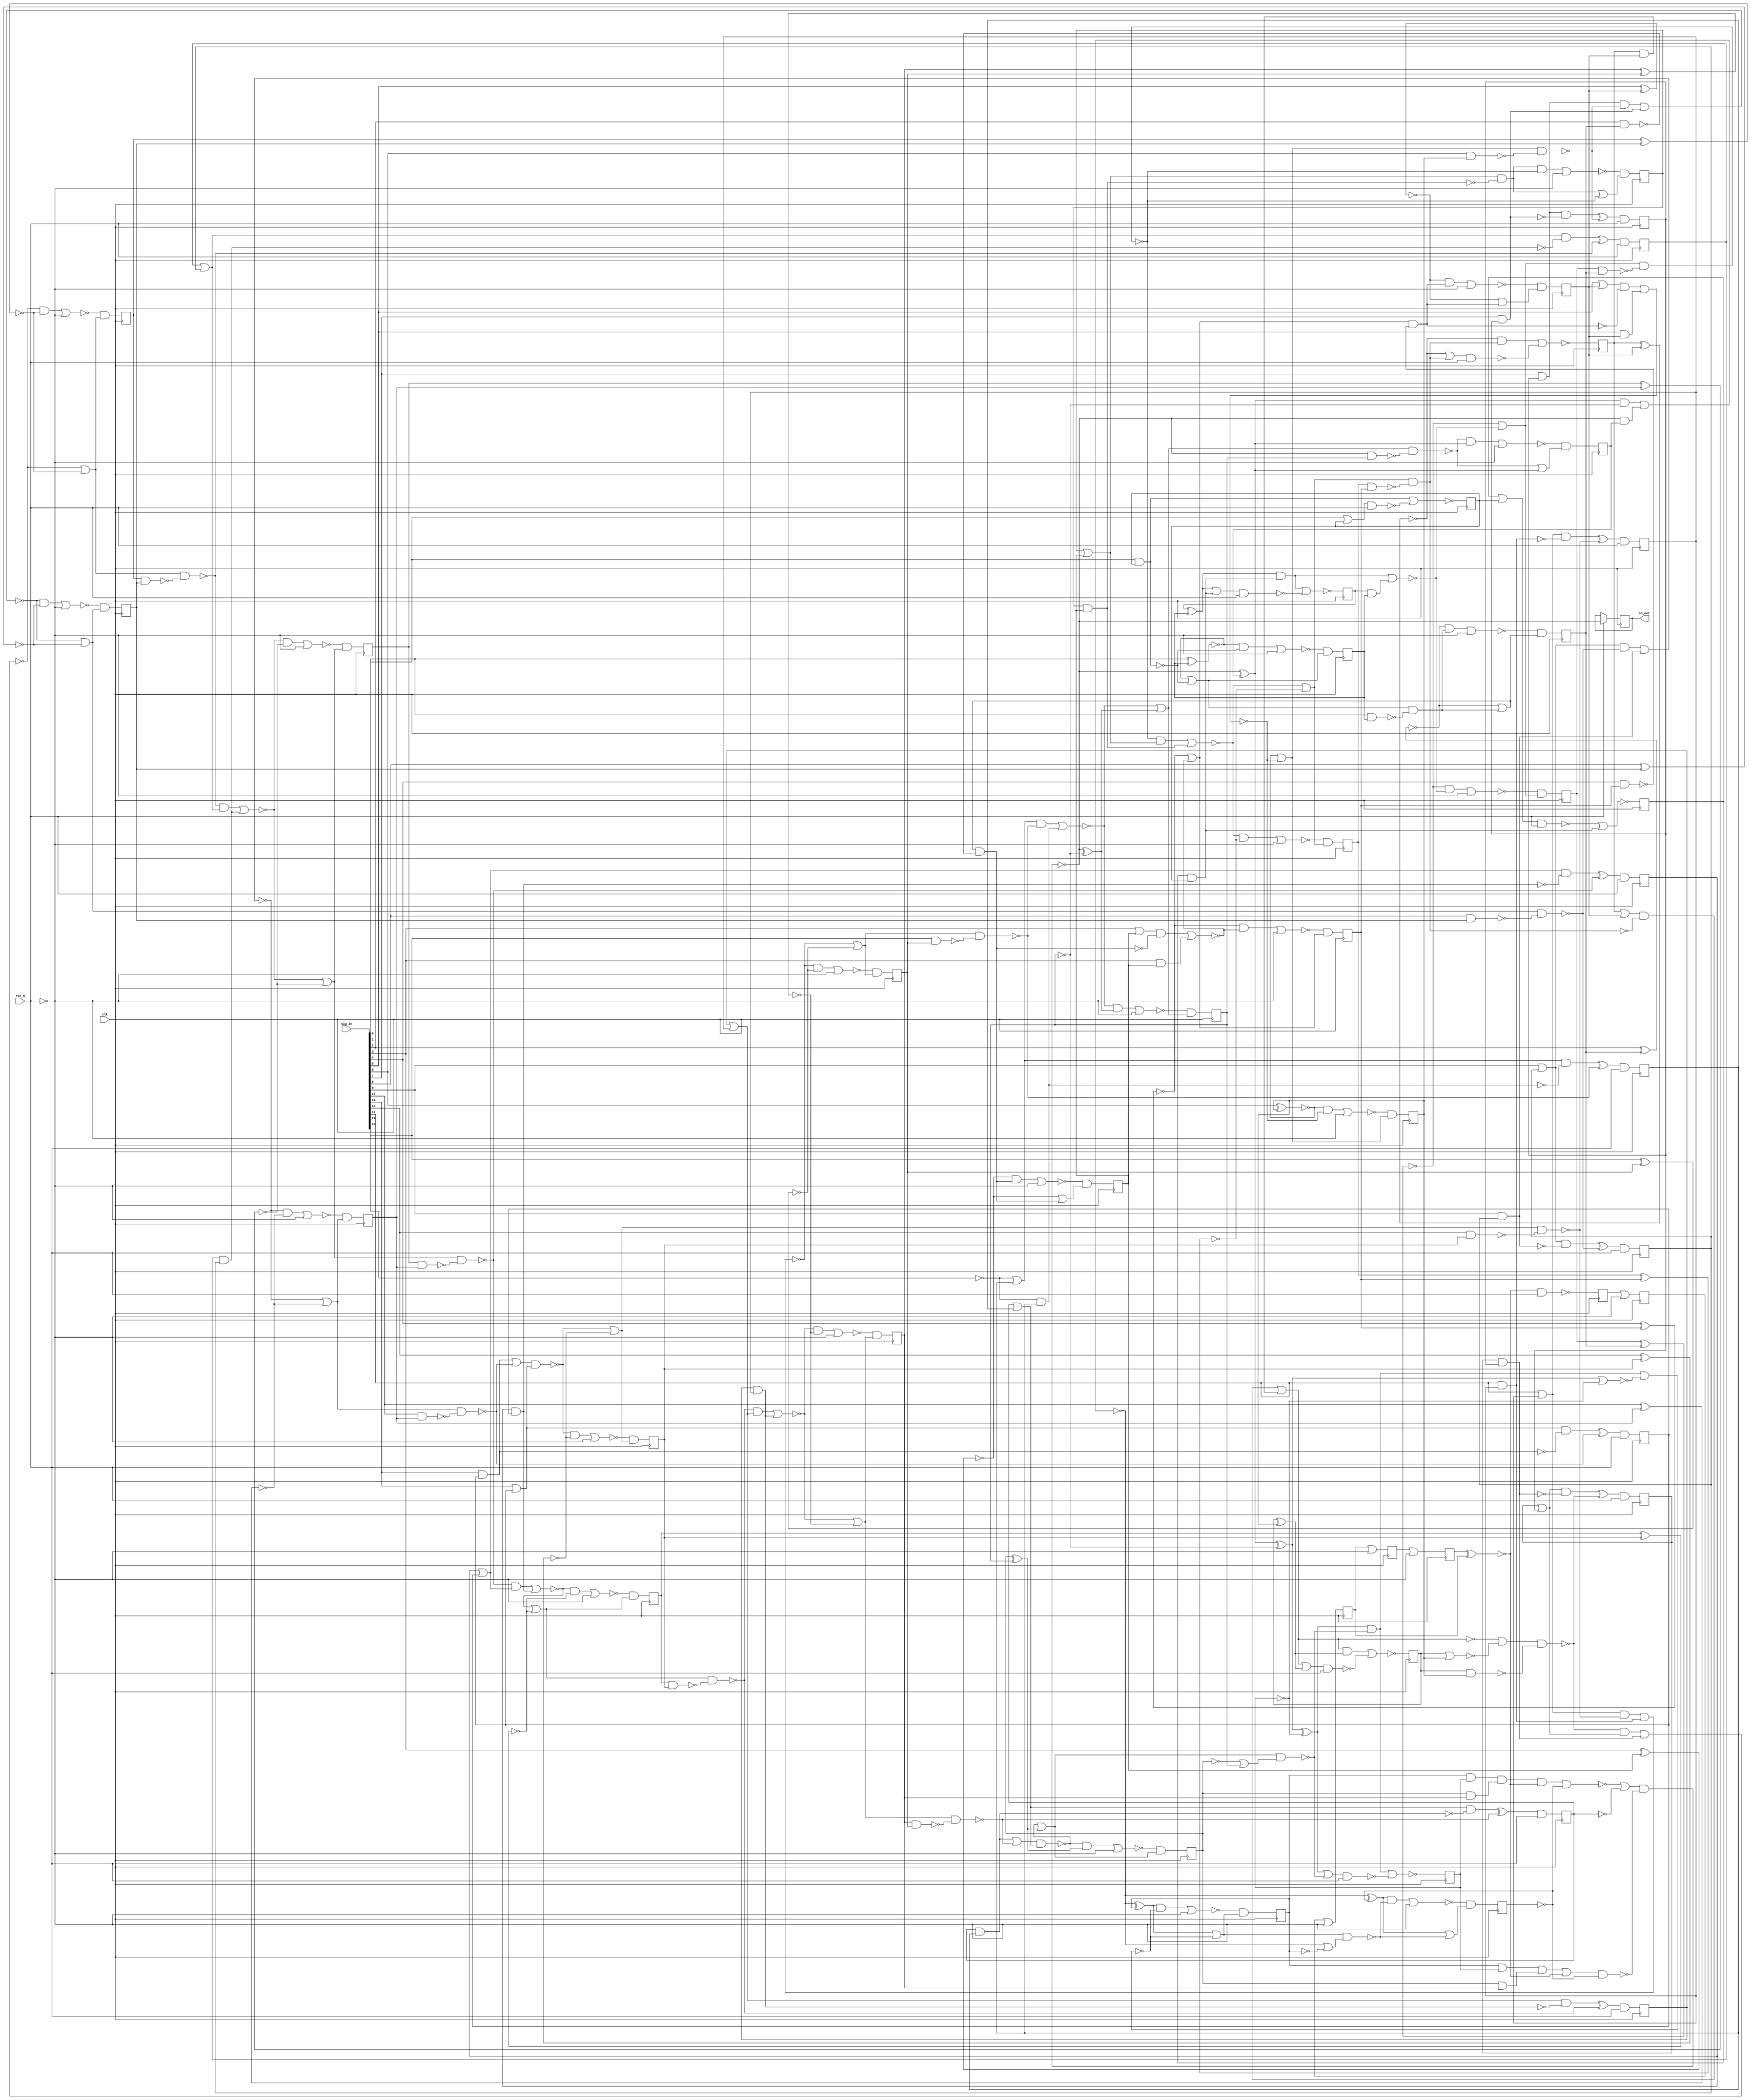
/* Generated by Yosys 0.7 (git sha1 61f6811, gcc 5.4.0-6ubuntu1~16.04.4 -O2 -fstack-protector-strong -fPIC -Os) */

(* top =  1  *)
(* src = "input/sddac.v:13" *)
module sddac(clk, rst_n, sig_in, sd_out);
  (* src = "input/sddac.v:51" *)
  wire [7:0] _000_;
  (* src = "input/sddac.v:51" *)
  wire _001_;
  (* src = "input/sddac.v:51" *)
  wire [17:0] _002_;
  (* src = "input/sddac.v:51" *)
  wire [19:0] _003_;
  wire _004_;
  wire _005_;
  wire _006_;
  wire _007_;
  wire _008_;
  wire _009_;
  wire _010_;
  wire _011_;
  wire _012_;
  wire _013_;
  wire _014_;
  wire _015_;
  wire _016_;
  wire _017_;
  wire _018_;
  wire _019_;
  wire _020_;
  wire _021_;
  wire _022_;
  wire _023_;
  wire _024_;
  wire _025_;
  wire _026_;
  wire _027_;
  wire _028_;
  wire _029_;
  wire _030_;
  wire _031_;
  wire _032_;
  wire _033_;
  wire _034_;
  wire _035_;
  wire _036_;
  wire _037_;
  wire _038_;
  wire _039_;
  wire _040_;
  wire _041_;
  wire _042_;
  wire _043_;
  wire _044_;
  wire _045_;
  wire _046_;
  wire _047_;
  wire _048_;
  wire _049_;
  wire _050_;
  wire _051_;
  wire _052_;
  wire _053_;
  wire _054_;
  wire _055_;
  wire _056_;
  wire _057_;
  wire _058_;
  wire _059_;
  wire _060_;
  wire _061_;
  wire _062_;
  wire _063_;
  wire _064_;
  wire _065_;
  wire _066_;
  wire _067_;
  wire _068_;
  wire _069_;
  wire _070_;
  wire _071_;
  wire _072_;
  wire _073_;
  wire _074_;
  wire _075_;
  wire _076_;
  wire _077_;
  wire _078_;
  wire _079_;
  wire _080_;
  wire _081_;
  wire _082_;
  wire _083_;
  wire _084_;
  wire _085_;
  wire _086_;
  wire _087_;
  wire _088_;
  wire _089_;
  wire _090_;
  wire _091_;
  wire _092_;
  wire _093_;
  wire _094_;
  wire _095_;
  wire _096_;
  wire _097_;
  wire _098_;
  wire _099_;
  wire _100_;
  wire _101_;
  wire _102_;
  wire _103_;
  wire _104_;
  wire _105_;
  wire _106_;
  wire _107_;
  wire _108_;
  wire _109_;
  wire _110_;
  wire _111_;
  wire _112_;
  wire _113_;
  wire _114_;
  wire _115_;
  wire _116_;
  wire _117_;
  wire _118_;
  wire _119_;
  wire _120_;
  wire _121_;
  wire _122_;
  wire _123_;
  wire _124_;
  wire _125_;
  wire _126_;
  wire _127_;
  wire _128_;
  wire _129_;
  wire _130_;
  wire _131_;
  wire _132_;
  wire _133_;
  wire _134_;
  wire _135_;
  wire _136_;
  wire _137_;
  wire _138_;
  wire _139_;
  wire _140_;
  wire _141_;
  wire _142_;
  wire _143_;
  wire _144_;
  wire _145_;
  wire _146_;
  wire _147_;
  wire _148_;
  wire _149_;
  wire _150_;
  wire _151_;
  wire _152_;
  wire _153_;
  wire _154_;
  wire _155_;
  wire _156_;
  wire _157_;
  wire _158_;
  wire _159_;
  wire _160_;
  wire _161_;
  wire _162_;
  wire _163_;
  wire _164_;
  wire _165_;
  wire _166_;
  wire _167_;
  wire _168_;
  wire _169_;
  wire _170_;
  wire _171_;
  wire _172_;
  wire _173_;
  wire _174_;
  wire _175_;
  wire _176_;
  wire _177_;
  wire _178_;
  wire _179_;
  wire _180_;
  wire _181_;
  wire _182_;
  wire _183_;
  wire _184_;
  wire _185_;
  wire _186_;
  wire _187_;
  wire _188_;
  wire _189_;
  wire _190_;
  wire _191_;
  wire _192_;
  wire _193_;
  wire _194_;
  wire _195_;
  wire _196_;
  wire _197_;
  wire _198_;
  wire _199_;
  wire _200_;
  wire _201_;
  wire _202_;
  wire _203_;
  wire _204_;
  wire _205_;
  wire _206_;
  wire _207_;
  wire _208_;
  wire _209_;
  wire _210_;
  wire _211_;
  wire _212_;
  wire _213_;
  wire _214_;
  wire _215_;
  wire _216_;
  wire _217_;
  wire _218_;
  wire _219_;
  wire _220_;
  (* src = "input/sddac.v:16" *)
  input clk;
  (* init = 8'bxxx00000 *)
  (* src = "input/sddac.v:30" *)
  wire [7:0] lfsr_reg;
  (* init = 21'b0xxxxxx00000000000000 *)
  (* src = "input/sddac.v:28" *)
  wire [20:0] quant_in;
  (* src = "input/sddac.v:17" *)
  input rst_n;
  (* init = 1'b0 *)
  (* src = "input/sddac.v:21" *)
  output sd_out;
  reg sd_out;
  initial sd_out = 1'b0;
  (* src = "input/sddac.v:18" *)
  input [15:0] sig_in;
  (* init = 18'b000000000000000000 *)
  (* src = "input/sddac.v:24" *)
  reg [17:0] state1;
  initial state1 = 18'b000000000000000000;
  (* init = 20'b00000000000000000000 *)
  (* src = "input/sddac.v:25" *)
  reg [19:0] state2;
  initial state2 = 20'b00000000000000000000;
  assign _004_ = ~(state2[14] ^ state1[14]);
  assign _005_ = state2[13] & state1[13];
  assign _006_ = state2[13] | state1[13];
  assign _007_ = ~(state2[12] & state1[12]);
  assign _008_ = ~(state2[12] ^ state1[12]);
  assign _009_ = state2[11] & state1[11];
  assign _010_ = state2[11] | state1[11];
  assign _011_ = ~(state2[10] & state1[10]);
  assign _012_ = ~(state2[10] ^ state1[10]);
  assign _013_ = state2[9] & state1[9];
  assign _014_ = state2[9] | state1[9];
  assign _015_ = ~(state2[8] & state1[8]);
  assign _016_ = ~(state2[8] ^ state1[8]);
  assign _017_ = state2[7] & state1[7];
  assign _018_ = state2[7] | state1[7];
  assign _019_ = ~(state2[6] & state1[6]);
  assign _020_ = ~(state2[6] | state1[6]);
  assign _021_ = state2[5] & state1[5];
  assign _022_ = ~(state2[4] & state1[4]);
  assign _023_ = ~(state2[4] ^ state1[4]);
  assign _024_ = state2[3] & state1[3];
  assign _025_ = state2[3] | state1[3];
  assign _026_ = ~(state2[2] & state1[2]);
  assign _027_ = state2[1] & state1[1];
  assign _028_ = state2[0] & state1[0];
  assign _029_ = state2[1] ^ state1[1];
  assign _030_ = ~((_029_ & _028_) | _027_);
  assign _031_ = ~(state2[2] ^ state1[2]);
  assign _032_ = ~((_031_ | _030_) & _026_);
  assign _033_ = ~((_032_ & _025_) | _024_);
  assign _034_ = ~((_033_ | _023_) & _022_);
  assign _035_ = state2[5] | state1[5];
  assign _036_ = ~((_035_ & _034_) | _021_);
  assign _037_ = ~((_036_ | _020_) & _019_);
  assign _038_ = ~((_037_ & _018_) | _017_);
  assign _039_ = ~((_038_ | _016_) & _015_);
  assign _040_ = ~((_039_ & _014_) | _013_);
  assign _041_ = ~((_040_ | _012_) & _011_);
  assign _042_ = ~((_041_ & _010_) | _009_);
  assign _043_ = ~((_042_ | _008_) & _007_);
  assign _044_ = ~((_043_ & _006_) | _005_);
  assign _045_ = _044_ | _004_;
  assign _046_ = ~rst_n;
  assign _047_ = ~((_044_ & _004_) | _046_);
  assign _003_[14] = _047_ & _045_;
  assign _048_ = ~(state2[14] & state1[14]);
  assign _049_ = ~((_044_ | _004_) & _048_);
  assign _050_ = state2[15] & state1[15];
  assign _051_ = ~_050_;
  assign _052_ = state2[15] | state1[15];
  assign _053_ = _052_ & _051_;
  assign _054_ = _053_ ^ _049_;
  assign _003_[15] = _054_ & rst_n;
  assign _055_ = state2[16] ^ state1[16];
  assign _056_ = ~((_050_ | _049_) & _052_);
  assign _057_ = _056_ | _055_;
  assign _058_ = ~((_056_ & _055_) | _046_);
  assign _003_[16] = _058_ & _057_;
  assign _059_ = ~state2[16];
  assign _060_ = _059_ | state1[16];
  assign _061_ = ~((_056_ | _055_) & _060_);
  assign _062_ = ~state2[17];
  assign _063_ = ~state1[16];
  assign _064_ = ~state2[15];
  assign _065_ = ~state2[19];
  assign _066_ = ~(lfsr_reg[4] ^ lfsr_reg[2]);
  assign _067_ = state2[16] & state2[14];
  assign _068_ = state2[18] & state2[17];
  assign _069_ = _068_ & _067_;
  assign _070_ = ~((_069_ & _066_) | _065_);
  assign _071_ = state2[16] | state2[14];
  assign _072_ = state2[18] | state2[17];
  assign _073_ = _072_ | _071_;
  assign _074_ = ~((_073_ | _066_) & _065_);
  assign _075_ = ~((_070_ | _064_) & _074_);
  assign _076_ = _075_ ^ state1[17];
  assign _077_ = _076_ ^ _063_;
  assign _078_ = _077_ ^ _062_;
  assign _079_ = ~((_078_ | _061_) & rst_n);
  assign _003_[17] = ~((_078_ & _061_) | _079_);
  assign _080_ = ~(_077_ | _062_);
  assign _081_ = ~((_078_ & _061_) | _080_);
  assign _082_ = _075_ & state1[17];
  assign _083_ = ~((_076_ & _063_) | _082_);
  assign _084_ = _083_ ^ state2[18];
  assign _085_ = _084_ | _081_;
  assign _086_ = ~((_084_ & _081_) | _046_);
  assign _003_[18] = _086_ & _085_;
  assign _087_ = ~state2[18];
  assign _088_ = _083_ | _087_;
  assign _089_ = ~((_084_ | _081_) & _088_);
  assign _090_ = _083_ ^ _065_;
  assign _091_ = _090_ | _089_;
  assign _092_ = ~((_090_ & _089_) | _046_);
  assign _003_[19] = _092_ & _091_;
  assign _093_ = ~((sig_in[0] | state1[0]) & rst_n);
  assign _002_[0] = ~((sig_in[0] & state1[0]) | _093_);
  assign _094_ = ~(sig_in[0] & state1[0]);
  assign _095_ = ~(sig_in[1] ^ state1[1]);
  assign _096_ = _095_ | _094_;
  assign _097_ = ~((_095_ & _094_) | _046_);
  assign _002_[1] = _097_ & _096_;
  assign _098_ = ~(sig_in[1] & state1[1]);
  assign _099_ = _096_ & _098_;
  assign _100_ = ~(sig_in[2] ^ state1[2]);
  assign _101_ = _100_ | _099_;
  assign _102_ = ~((_100_ & _099_) | _046_);
  assign _002_[2] = _102_ & _101_;
  assign _103_ = ~(sig_in[2] & state1[2]);
  assign _104_ = ~(_101_ & _103_);
  assign _105_ = ~_104_;
  assign _106_ = ~(sig_in[3] ^ state1[3]);
  assign _107_ = _106_ | _105_;
  assign _108_ = ~((_106_ & _105_) | _046_);
  assign _002_[3] = _108_ & _107_;
  assign _109_ = sig_in[3] & state1[3];
  assign _110_ = sig_in[3] | state1[3];
  assign _111_ = ~((_110_ & _104_) | _109_);
  assign _112_ = ~(sig_in[4] ^ state1[4]);
  assign _113_ = _112_ | _111_;
  assign _114_ = ~((_112_ & _111_) | _046_);
  assign _002_[4] = _114_ & _113_;
  assign _115_ = ~(sig_in[4] & state1[4]);
  assign _116_ = ~((_112_ | _111_) & _115_);
  assign _117_ = ~_116_;
  assign _118_ = ~(sig_in[5] ^ state1[5]);
  assign _119_ = _118_ | _117_;
  assign _120_ = ~((_118_ & _117_) | _046_);
  assign _002_[5] = _120_ & _119_;
  assign _121_ = sig_in[5] & state1[5];
  assign _122_ = sig_in[5] | state1[5];
  assign _123_ = ~((_122_ & _116_) | _121_);
  assign _124_ = ~(sig_in[6] ^ state1[6]);
  assign _125_ = _124_ | _123_;
  assign _126_ = ~((_124_ & _123_) | _046_);
  assign _002_[6] = _126_ & _125_;
  assign _127_ = ~(sig_in[6] & state1[6]);
  assign _128_ = ~((_124_ | _123_) & _127_);
  assign _129_ = sig_in[7] & state1[7];
  assign _130_ = ~_129_;
  assign _131_ = sig_in[7] | state1[7];
  assign _132_ = _131_ & _130_;
  assign _133_ = _132_ ^ _128_;
  assign _002_[7] = _133_ & rst_n;
  assign _134_ = ~(sig_in[8] ^ state1[8]);
  assign _135_ = ~((_131_ & _128_) | _129_);
  assign _136_ = _135_ | _134_;
  assign _137_ = ~((_135_ & _134_) | _046_);
  assign _002_[8] = _137_ & _136_;
  assign _138_ = ~(sig_in[8] & state1[8]);
  assign _139_ = ~((_135_ | _134_) & _138_);
  assign _140_ = sig_in[9] & state1[9];
  assign _141_ = ~_140_;
  assign _142_ = sig_in[9] | state1[9];
  assign _143_ = _142_ & _141_;
  assign _144_ = _143_ ^ _139_;
  assign _002_[9] = _144_ & rst_n;
  assign _145_ = ~(sig_in[10] ^ state1[10]);
  assign _146_ = ~((_142_ & _139_) | _140_);
  assign _147_ = _146_ | _145_;
  assign _148_ = ~((_146_ & _145_) | _046_);
  assign _002_[10] = _148_ & _147_;
  assign _149_ = ~(sig_in[10] & state1[10]);
  assign _150_ = ~((_146_ | _145_) & _149_);
  assign _151_ = sig_in[11] & state1[11];
  assign _152_ = ~_151_;
  assign _153_ = sig_in[11] | state1[11];
  assign _154_ = _153_ & _152_;
  assign _155_ = _154_ ^ _150_;
  assign _002_[11] = _155_ & rst_n;
  assign _156_ = ~(sig_in[12] ^ state1[12]);
  assign _157_ = ~((_151_ | _150_) & _153_);
  assign _158_ = _157_ | _156_;
  assign _159_ = ~((_157_ & _156_) | _046_);
  assign _002_[12] = _159_ & _158_;
  assign _160_ = ~(sig_in[12] & state1[12]);
  assign _161_ = ~((_157_ | _156_) & _160_);
  assign _162_ = sig_in[13] & state1[13];
  assign _163_ = ~_162_;
  assign _164_ = sig_in[13] | state1[13];
  assign _165_ = _164_ & _163_;
  assign _166_ = _165_ ^ _161_;
  assign _002_[13] = _166_ & rst_n;
  assign _167_ = ~(sig_in[14] ^ state1[14]);
  assign _168_ = ~((_164_ & _161_) | _162_);
  assign _169_ = _168_ | _167_;
  assign _170_ = ~((_168_ & _167_) | _046_);
  assign _002_[14] = _170_ & _169_;
  assign _171_ = ~(sig_in[14] & state1[14]);
  assign _172_ = ~((_168_ | _167_) & _171_);
  assign _173_ = ~sig_in[15];
  assign _174_ = _173_ & state1[15];
  assign _175_ = ~_174_;
  assign _176_ = _173_ | state1[15];
  assign _177_ = _176_ & _175_;
  assign _178_ = _177_ ^ _172_;
  assign _002_[15] = _178_ & rst_n;
  assign _179_ = _075_ ^ _063_;
  assign _180_ = ~((_176_ & _172_) | _174_);
  assign _181_ = _180_ | _179_;
  assign _182_ = ~((_180_ & _179_) | _046_);
  assign _002_[16] = _182_ & _181_;
  assign _183_ = ~(_075_ & state1[16]);
  assign _184_ = ~((_180_ | _179_) & _183_);
  assign _185_ = _184_ | _076_;
  assign _186_ = ~((_184_ & _076_) | _046_);
  assign _002_[17] = _186_ & _185_;
  assign _000_[0] = ~(_066_ & rst_n);
  assign _000_[1] = lfsr_reg[0] | _046_;
  assign _000_[2] = lfsr_reg[1] | _046_;
  assign _000_[3] = lfsr_reg[2] | _046_;
  assign _000_[4] = lfsr_reg[3] | _046_;
  assign _001_ = _046_ ? sd_out : _075_;
  assign _187_ = ~((state2[0] | state1[0]) & rst_n);
  assign _003_[0] = ~(_187_ | _028_);
  assign _188_ = ~((_029_ | _028_) & rst_n);
  assign _003_[1] = ~((_029_ & _028_) | _188_);
  assign _189_ = _031_ | _030_;
  assign _190_ = ~((_031_ & _030_) | _046_);
  assign _003_[2] = _190_ & _189_;
  assign _191_ = ~_024_;
  assign _192_ = _025_ & _191_;
  assign _193_ = _192_ | _032_;
  assign _194_ = ~((_192_ & _032_) | _046_);
  assign _003_[3] = _194_ & _193_;
  assign _195_ = _033_ | _023_;
  assign _196_ = ~((_033_ & _023_) | _046_);
  assign _003_[4] = _196_ & _195_;
  assign _197_ = ~_034_;
  assign _198_ = ~(state2[5] ^ state1[5]);
  assign _199_ = ~((_198_ | _197_) & rst_n);
  assign _003_[5] = ~((_198_ & _197_) | _199_);
  assign _200_ = state2[6] ^ state1[6];
  assign _201_ = ~_036_;
  assign _202_ = ~((_201_ | _200_) & rst_n);
  assign _003_[6] = ~((_201_ & _200_) | _202_);
  assign _203_ = ~_017_;
  assign _204_ = _018_ & _203_;
  assign _205_ = _204_ ^ _037_;
  assign _003_[7] = _205_ & rst_n;
  assign _206_ = _038_ | _016_;
  assign _207_ = ~((_038_ & _016_) | _046_);
  assign _003_[8] = _207_ & _206_;
  assign _208_ = ~_013_;
  assign _209_ = _014_ & _208_;
  assign _210_ = _209_ ^ _039_;
  assign _003_[9] = _210_ & rst_n;
  assign _211_ = _040_ | _012_;
  assign _212_ = ~((_040_ & _012_) | _046_);
  assign _003_[10] = _212_ & _211_;
  assign _213_ = ~_009_;
  assign _214_ = _010_ & _213_;
  assign _215_ = _214_ ^ _041_;
  assign _003_[11] = _215_ & rst_n;
  assign _216_ = _042_ | _008_;
  assign _217_ = ~((_042_ & _008_) | _046_);
  assign _003_[12] = _217_ & _216_;
  assign _218_ = ~_005_;
  assign _219_ = _006_ & _218_;
  assign _220_ = _219_ ^ _043_;
  assign _003_[13] = _220_ & rst_n;
  (* src = "input/sddac.v:51" *)
  always @(posedge clk)
      sd_out <= _001_;
  (* src = "input/sddac.v:51" *)
  always @(posedge clk)
      state1[0] <= _002_[0];
  (* src = "input/sddac.v:51" *)
  always @(posedge clk)
      state1[1] <= _002_[1];
  (* src = "input/sddac.v:51" *)
  always @(posedge clk)
      state1[2] <= _002_[2];
  (* src = "input/sddac.v:51" *)
  always @(posedge clk)
      state1[3] <= _002_[3];
  (* src = "input/sddac.v:51" *)
  always @(posedge clk)
      state1[4] <= _002_[4];
  (* src = "input/sddac.v:51" *)
  always @(posedge clk)
      state1[5] <= _002_[5];
  (* src = "input/sddac.v:51" *)
  always @(posedge clk)
      state1[6] <= _002_[6];
  (* src = "input/sddac.v:51" *)
  always @(posedge clk)
      state1[7] <= _002_[7];
  (* src = "input/sddac.v:51" *)
  always @(posedge clk)
      state1[8] <= _002_[8];
  (* src = "input/sddac.v:51" *)
  always @(posedge clk)
      state1[9] <= _002_[9];
  (* src = "input/sddac.v:51" *)
  always @(posedge clk)
      state1[10] <= _002_[10];
  (* src = "input/sddac.v:51" *)
  always @(posedge clk)
      state1[11] <= _002_[11];
  (* src = "input/sddac.v:51" *)
  always @(posedge clk)
      state1[12] <= _002_[12];
  (* src = "input/sddac.v:51" *)
  always @(posedge clk)
      state1[13] <= _002_[13];
  (* src = "input/sddac.v:51" *)
  always @(posedge clk)
      state1[14] <= _002_[14];
  (* src = "input/sddac.v:51" *)
  always @(posedge clk)
      state1[15] <= _002_[15];
  (* src = "input/sddac.v:51" *)
  always @(posedge clk)
      state1[16] <= _002_[16];
  (* src = "input/sddac.v:51" *)
  always @(posedge clk)
      state1[17] <= _002_[17];
  (* src = "input/sddac.v:51" *)
  always @(posedge clk)
      state2[0] <= _003_[0];
  (* src = "input/sddac.v:51" *)
  always @(posedge clk)
      state2[1] <= _003_[1];
  (* src = "input/sddac.v:51" *)
  always @(posedge clk)
      state2[2] <= _003_[2];
  (* src = "input/sddac.v:51" *)
  always @(posedge clk)
      state2[3] <= _003_[3];
  (* src = "input/sddac.v:51" *)
  always @(posedge clk)
      state2[4] <= _003_[4];
  (* src = "input/sddac.v:51" *)
  always @(posedge clk)
      state2[5] <= _003_[5];
  (* src = "input/sddac.v:51" *)
  always @(posedge clk)
      state2[6] <= _003_[6];
  (* src = "input/sddac.v:51" *)
  always @(posedge clk)
      state2[7] <= _003_[7];
  (* src = "input/sddac.v:51" *)
  always @(posedge clk)
      state2[8] <= _003_[8];
  (* src = "input/sddac.v:51" *)
  always @(posedge clk)
      state2[9] <= _003_[9];
  (* src = "input/sddac.v:51" *)
  always @(posedge clk)
      state2[10] <= _003_[10];
  (* src = "input/sddac.v:51" *)
  always @(posedge clk)
      state2[11] <= _003_[11];
  (* src = "input/sddac.v:51" *)
  always @(posedge clk)
      state2[12] <= _003_[12];
  (* src = "input/sddac.v:51" *)
  always @(posedge clk)
      state2[13] <= _003_[13];
  (* src = "input/sddac.v:51" *)
  always @(posedge clk)
      state2[14] <= _003_[14];
  (* src = "input/sddac.v:51" *)
  always @(posedge clk)
      state2[15] <= _003_[15];
  (* src = "input/sddac.v:51" *)
  always @(posedge clk)
      state2[16] <= _003_[16];
  (* src = "input/sddac.v:51" *)
  always @(posedge clk)
      state2[17] <= _003_[17];
  (* src = "input/sddac.v:51" *)
  always @(posedge clk)
      state2[18] <= _003_[18];
  (* src = "input/sddac.v:51" *)
  always @(posedge clk)
      state2[19] <= _003_[19];
  reg \lfsr_reg_reg[0] ;
  (* src = "input/sddac.v:51" *)
  always @(posedge clk)
      \lfsr_reg_reg[0]  <= _000_[0];
  assign lfsr_reg[0] = \lfsr_reg_reg[0] ;
  reg \lfsr_reg_reg[1] ;
  (* src = "input/sddac.v:51" *)
  always @(posedge clk)
      \lfsr_reg_reg[1]  <= _000_[1];
  assign lfsr_reg[1] = \lfsr_reg_reg[1] ;
  reg \lfsr_reg_reg[2] ;
  (* src = "input/sddac.v:51" *)
  always @(posedge clk)
      \lfsr_reg_reg[2]  <= _000_[2];
  assign lfsr_reg[2] = \lfsr_reg_reg[2] ;
  reg \lfsr_reg_reg[3] ;
  (* src = "input/sddac.v:51" *)
  always @(posedge clk)
      \lfsr_reg_reg[3]  <= _000_[3];
  assign lfsr_reg[3] = \lfsr_reg_reg[3] ;
  reg \lfsr_reg_reg[4] ;
  (* src = "input/sddac.v:51" *)
  always @(posedge clk)
      \lfsr_reg_reg[4]  <= _000_[4];
  assign lfsr_reg[4] = \lfsr_reg_reg[4] ;
  assign lfsr_reg[7:5] = 3'b000;
  assign quant_in[19:0] = { 6'b000000, state2[13:0] };
endmodule